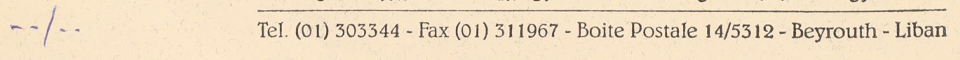
.. / ..Tel. (01) 303344 - Fax (01) 311967 - Boite Postale 14/5312 - Beyrouth - Liban